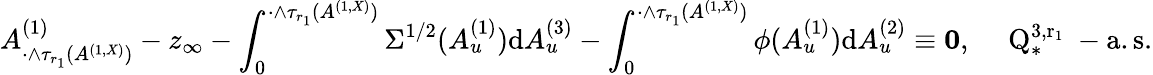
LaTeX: A_{\cdot\wedge\tau_{r_{1}}(A^{(1,X)})}^{(1)}-z_{\infty}-\int_{0}^{\cdot\wedge\tau_{r_{1}}(A^{(1,X)})}\Sigma^{1/2}(A_{u}^{(1)}){\mathrm d}A_{u}^{(3)}-\int_{0}^{\cdot\wedge\tau_{r_{1}}(A^{(1,X)})}\phi(A_{u}^{(1)}){\mathrm d}A_{u}^{(2)}\equiv\mathbf{0},\quad\mathrm{~Q_{*}^{3,r_1}~-a.s.}